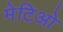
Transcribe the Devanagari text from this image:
मेटिओ